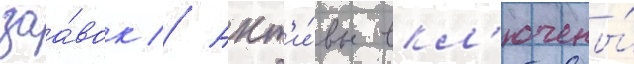
заа́вок // Акт'и́вы вкл'ючены́